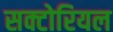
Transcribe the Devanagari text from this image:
सक्टोरियल